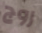
روج